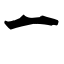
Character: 一